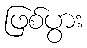
ဖြစ်ပွား